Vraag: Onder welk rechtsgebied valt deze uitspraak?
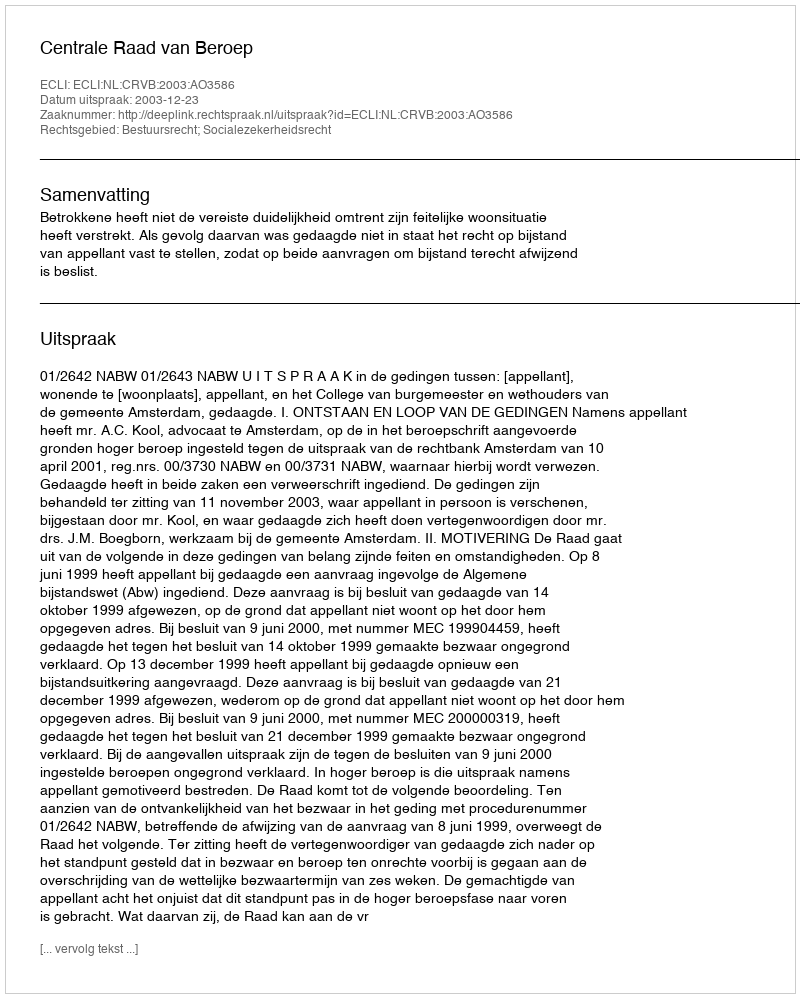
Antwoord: Bestuursrecht; Socialezekerheidsrecht